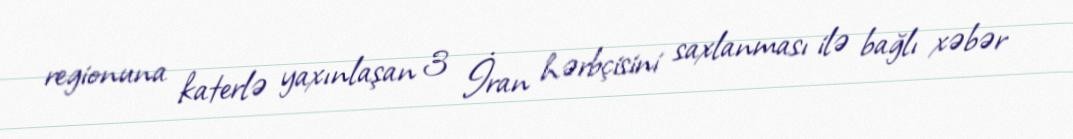
regionuna katerlə yaxınlaşan 3 İran hərbçisini saxlanması ilə bağlı xəbər